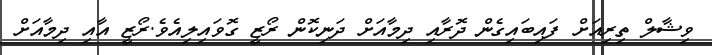
ވިޝާލް ތިރިއަށް ފައިބައިގެން ދޮރާއި ދިމާއަށް ދަނިކޮން ރޯޒީ ގޮވައިލިއެވެ.ރޯޒީ އާއި ދިމާއަށް